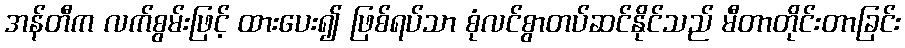
အန်တီက လက်စွမ်းဖြင့် ထားပေး၍ ဖြစ်ရပ်သာ စုံလင်စွာတပ်ဆင်နိုင်သည် မီတာတိုင်းတာခြင်း